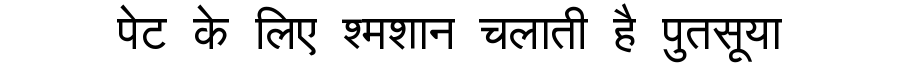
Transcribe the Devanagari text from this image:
पेट के लिए श्मशान चलाती है पुतसूया